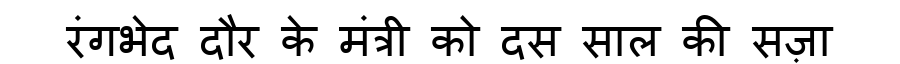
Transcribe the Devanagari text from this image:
रंगभेद दौर के मंत्री को दस साल की सज़ा